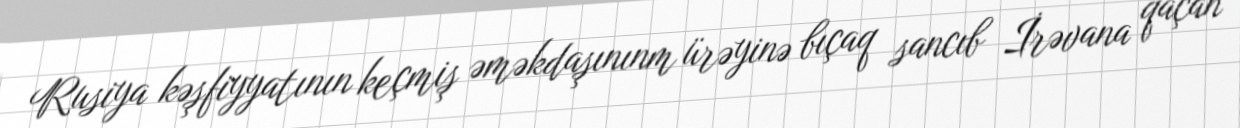
Rusiya kəşfiyyatının keçmiş əməkdaşınınm ürəyinə bıçaq sancıb İrəvana qaçan